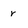
Character: r